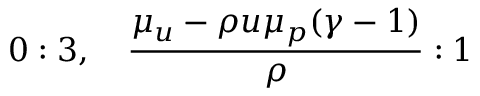
0 : 3 , \quad \frac { \mu _ { u } - \rho u \mu _ { p } ( \gamma - 1 ) } { \rho } : 1